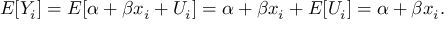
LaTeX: E [ Y _ { i } ] = E [ \alpha + \beta x _ { i } + U _ { i } ] = \alpha + \beta x _ { i } + E [ U _ { i } ] = \alpha + \beta x _ { i } .